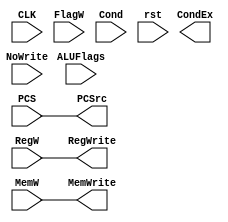
module CondLogic(
    input CLK,
    input PCS,
    input RegW,
    input MemW,
    input [1:0] FlagW,
    input [3:0] Cond,
    input [3:0] ALUFlags,
    input NoWrite,

    input rst,

    output CondEx,
    
    output PCSrc,
    output RegWrite,
    output MemWrite
    ); 
    
    // reg CondEx;
    // reg N = 0;
    // reg C = 0;
    // reg Z = 0;
    // reg V = 0;
    
    // always @(posedge CLK or negedge rst) begin
    //     if(rst)  begin
    //         {N, Z, C, V} <= 4'b0000;
    //     end
    //     else    begin
    //         if(FlagW[1] & CondEx) {N, Z} <= ALUFlags[3:2];
    //         if(FlagW[0] & CondEx) {C, V} <= ALUFlags[1:0];    
    //     end
    // end

    // always @(*) begin
    //     case(Cond)  
    //         4'b0000:    CondEx = Z;
    //         4'b0001:    CondEx = ~Z;
    //         4'b0010:    CondEx = C;
    //         4'b0011:    CondEx = ~C;
    //         4'b0100:    CondEx = N;
    //         4'b0101:    CondEx = ~N;
    //         4'b0110:    CondEx = V;
    //         4'b0111:    CondEx = ~V;
    //         4'b1000:    CondEx = (~Z)&C;
    //         4'b1001:    CondEx = Z | (~C);
    //         4'b1010:    CondEx = ~(N^V);
    //         4'b1011:    CondEx = N^V;
    //         4'b1100:    CondEx = ~Z & ~(N^V);
    //         4'b1101:    CondEx = Z | (N^V);
    //         default:    CondEx = 1;
    //     endcase
    // end

    assign PCSrc = PCS;
    assign RegWrite = RegW;
    assign MemWrite = MemW;
endmodule